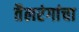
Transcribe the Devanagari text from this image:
तैलरंगांचा